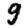
Digit: 9